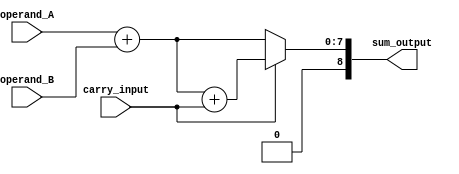
module carry_select_adder (
    input wire [7:0] operand_A,
    input wire [7:0] operand_B,
    input wire carry_input,
    output wire [8:0] sum_output
);

wire [7:0] sum_carry, sum_no_carry;

assign sum_carry = operand_A + operand_B + carry_input;
assign sum_no_carry = operand_A + operand_B;

assign sum_output = (carry_input) ? sum_carry : sum_no_carry;

endmodule